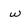
Character: w